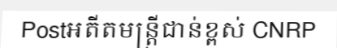
Postអតីតមន្ត្រីជាន់ខ្ពស់ CNRP